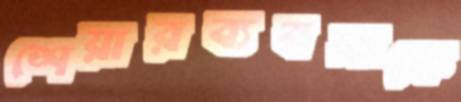
শেয়ারব্যবসাকে